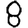
Digit: 8